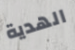
الهدية